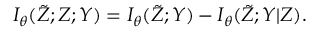
I _ { \theta } ( \tilde { Z } ; Z ; Y ) = I _ { \theta } ( \tilde { Z } ; Y ) - I _ { \theta } ( \tilde { Z } ; Y \vert Z ) .